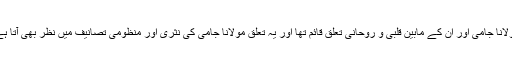
مولانا جامی اور اِن کے مابین قلبی و روحانی تعلق قائم تھا اور یہ تعلق مولانا جامی کی نثری اور منظومی تصانیف میں نظر بھی آتا ہے۔